Plague in India, 1896, 1897 - Volume 3
Year: 1896
Disease focus: Plague
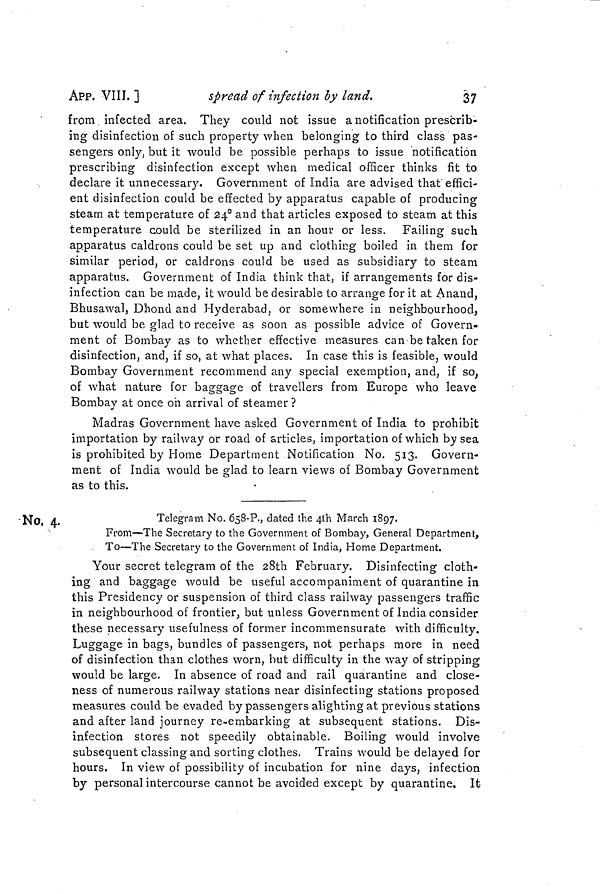
APP, VIII, ]
spread of infection by land.
37
from infected area. They could not issue a notification prescrib-
ing disinfection of such property when belonging to third class pas-
sengers only, but it would be possible perhaps to issue notification
prescribing disinfection except when medical officer thinks fit to
declare it unnecessary. Government of India are advised that effici-
ent disinfection could be effected by apparatus capable of producing
steam at temperature of 24° and that articles exposed to steam at this
temperature could be sterilized in an hour or less. Failing such
apparatus caldrons could be set up and clothing boiled in them for
similar period, or caldrons could be used as subsidiary to steam
apparatus. Government of India think that, if arrangements for dis-
infection can be made, it would be desirable to arrange for it at Anand,
Bhusawalj Dhond and Hyderabad, or somewhere in neighbourhood,
but would be glad to receive as soon as possible advice of Govern-
ment of Bombay as to whether effective measures can be taken for
disinfection, and, if so, at what places. In case this is feasible, would
Bombay Government recommend any special exemption, and, if so,
of what nature for baggage of travellers from Europe who leave
Bombay at once oh arrival of steamer ?
Madras Government have asked Government of India to prohibit
importation by railway or road of articles, importation of which by sea
is prohibited by Home Department Notification No. 513. Govern-
ment of India would be glad to learn views of Bombay Government
as to this.
No, 4.
Telegram No. 658.P., dated the 4th March 1897.
From—The Secretary to the Government of Bombay, General Department,
To—The Secretary to the Government of India, Home Department.
Your secret telegram of the 28th February. Disinfecting cloth-
ing and baggage would be useful accompaniment of quarantine in
this Presidency or suspension of third class railway passengers traffic
in neighbourhood of frontier, but unless Government of India consider
these necessary usefulness of former incommensurate with difficulty.
Luggage in bags, bundles of passengers, not perhaps more in need
of disinfection than clothes worn, but difficulty in the way of stripping
would be large. In absence of road and rail quarantine and close-
ness of numerous railway stations near disinfecting stations proposed
measures could be evaded by passengers alighting at previous stations
and after land journey re-embarking at subsequent stations. Dis-
infection stores not speedily obtainable. Boiling would involve
subsequent classing and sorting clothes. Trains would be delayed for
hours. In view of possibility of incubation for nine days, infection
by personal intercourse cannot be avoided except by quarantine. It